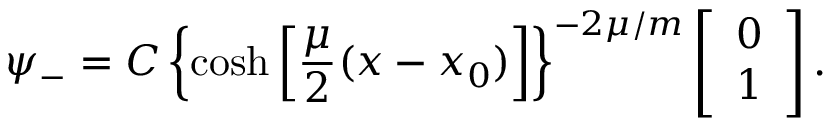
\psi _ { - } = C \left\{ \cosh \left[ \frac { \mu } { 2 } ( x - x _ { 0 } ) \right] \right\} ^ { - 2 \mu / m } \left[ \begin{array} { c } { { 0 } } \\ { { 1 } } \end{array} \right] .